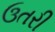
ઉતરી